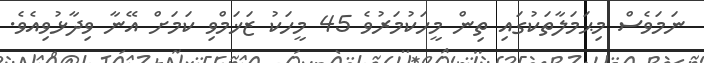
ނަމަވެސް މިޙަމަލާތަކުގައި ތިން މީހަކުމަރުވެ 45 މީހަކު ޒަޚަމްވި ކަމަށް އޭނާ ވިދާޅުވިއެވެ.